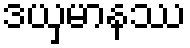
ဒယှမာနဿ